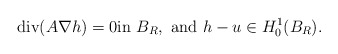
\begin{align*} \mbox{div}(A \nabla h) = 0 \mbox{in } B_R, \mbox{ and } h-u \in H^{1}_{0}(B_R).\end{align*}